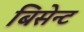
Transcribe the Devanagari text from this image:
बिसेन्ट